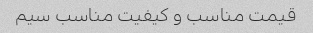
قیمت مناسب و کیفیت مناسب سیم